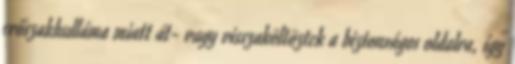
erőszakhulláma miatt át- vagy visszaköltöztek a biztonságos oldalra, így